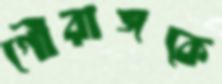
গৌরাঙ্গকে